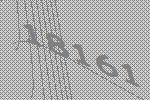
18161